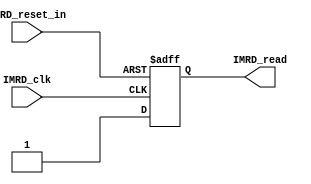
/*#########################################################################
//# Instruction memory read signal generator for single cycle core
//#########################################################################
//#
//# Copyright (C) 2021 Jose Maria Jaramillo Hoyos
//# 
//# This program is free software: you can redistribute it and/or modify
//# it under the terms of the GNU General Public License as published by
//# the Free Software Foundation, either version 3 of the License, or
//# (at your option) any later version.
//#
//# This program is distributed in the hope that it will be useful,
//# but WITHOUT ANY WARRANTY; without even the implied warranty of
//# MERCHANTABILITY or FITNESS FOR A PARTICULAR PURPOSE.  See the
//# GNU General Public License for more details.
//#
//# You should have received a copy of the GNU General Public License
//# along with this program.  If not, see <https://www.gnu.org/licenses/>.
//#
//########################################################################*/

module IMRD (

input IMRD_clk,
input IMRD_reset_in,
output reg IMRD_read

);


always@(posedge IMRD_clk or negedge IMRD_reset_in)
begin
	
	if(!IMRD_reset_in)
		IMRD_read=1'b0;
	else
		IMRD_read=1'b1;
end


endmodule